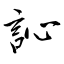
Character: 訫